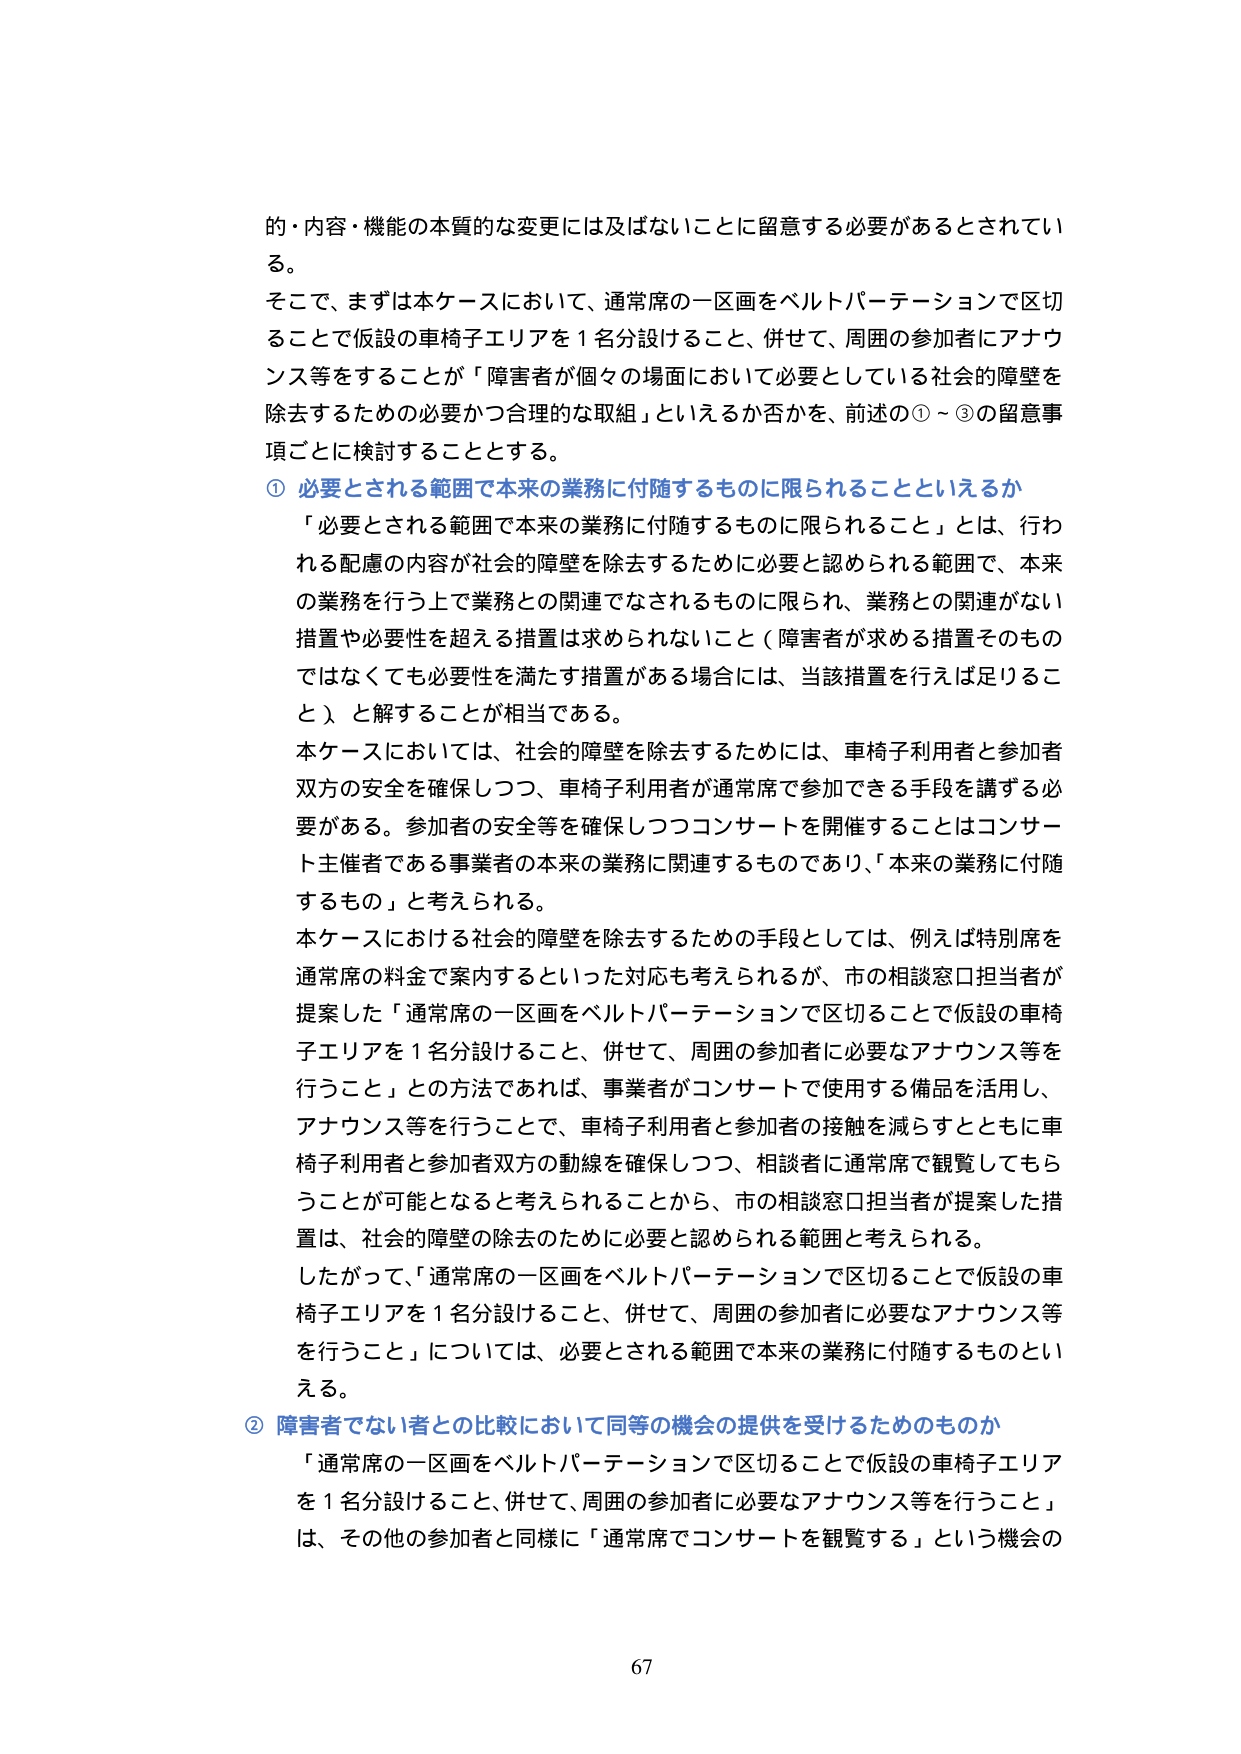
的・内容・機能の本質的な変更には及ばないことに留意する必要があるとされている。

そこで、まずは本ケースにおいて、通常席の一区画をベルトパーテーションで区切ることで仮設の車椅子エリアを1名分設けること、併せて、周囲の参加者にアナウンス等をすることが「障害者が個々の場面において必要としている社会的障壁を除去するための必要かつ合理的な取組」といえるか否かを、前述の①～③の留意事項ごとに検討することとする。

① 必要とされる範囲で本来の業務に付随するものに限られることといえるか

「必要とされる範囲で本来の業務に付随するものに限られること」とは、行われる配慮の内容が社会的障壁を除去するために必要と認められる範囲で、本来の業務を行う上で業務との関連でなされるものに限られ、業務との関連がない措置や必要性を超える措置は求められないこと（障害者が求める措置そのものではなくても必要性を満たす措置がある場合には、当該措置を行えば足りること）、と解することが相当である。

本ケースにおいては、社会的障壁を除去するためには、車椅子利用者と参加者双方の安全を確保しつつ、車椅子利用者が通常席で参加できる手段を講ずる必要がある。参加者の安全等を確保しつつコンサートを開催することはコンサート主催者である事業者の本来の業務に関連するものであり、「本来の業務に付随するもの」と考えられる。

本ケースにおける社会的障壁を除去するための手段としては、例えば特別席を通常席の料金で案内するといった対応も考えられるが、市の相談窓口担当者が提案した「通常席の一区画をベルトパーテーションで区切ることで仮設の車椅子エリアを1名分設けること、併せて、周囲の参加者に必要なアナウンス等を行うこと」との方法であれば、事業者がコンサートで使用する備品を活用し、アナウンス等を行うことで、車椅子利用者と参加者の接触を減らすとともに車椅子利用者と参加者双方の動線を確保しつつ、相談者に通常席で観覧してもらうことが可能となると考えられることから、市の相談窓口担当者が提案した措置は、社会的障壁の除去のために必要と認められる範囲と考えられる。

したがって、「通常席の一区画をベルトパーテーションで区切ることで仮設の車椅子エリアを1名分設けること、併せて、周囲の参加者に必要なアナウンス等を行うこと」については、必要とされる範囲で本来の業務に付随するものといえる。

② 障害者でない者との比較において同等の機会の提供を受けるためのものか

「通常席の一区画をベルトパーテーションで区切ることで仮設の車椅子エリアを1名分設けること、併せて、周囲の参加者に必要なアナウンス等を行うこと」は、その他の参加者と同様に「通常席でコンサートを観覧する」という機会の

67